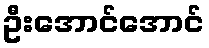
ဦးအောင်အောင်